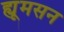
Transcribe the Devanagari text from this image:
ह्यूमसन